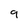
Character: 9